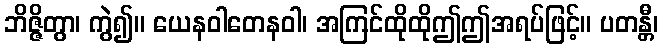
ဘိဇ္ဇိတွာ၊ ကွဲ၍။ ယေနဝါတေနဝါ၊ အကြင်ထိုထိုဤဤအရပ်ဖြင့်။ ပတန္တီ၊